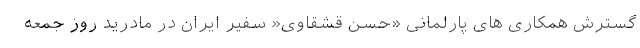
گسترش همکاری های پارلمانی «حسن قشقاوی« سفیر ایران در مادرید روز جمعه